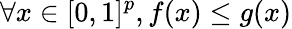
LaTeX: \forall x\in[0,1]^{p},f(x)\leq g(x)